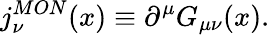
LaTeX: j_{\nu}^{MON}(x)\equiv\partial^{\mu}G_{\mu\nu}(x).